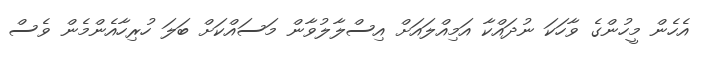
އެހެން މީހުންގެ ވާހަކަ ނުދައްކާ އަމިއްލައަށް އިސްލާލުވާން މަސައްކަށް ބަލަ ހުރިހާއެންމެން ވެސް